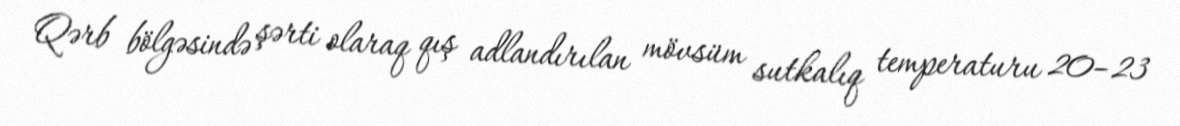
Qərb bölgəsində şərti olaraq qış adlandırılan mövsüm sutkalıq temperaturu 20–23